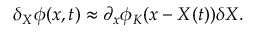
\delta _ { X } \phi ( x , t ) \approx \partial _ { x } \phi _ { K } ( x - X ( t ) ) \delta X .